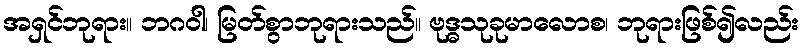
အရှင်ဘုရား။ ဘဂဝါ၊ မြတ်စွာဘုရားသည်။ ဗုဒ္ဓသုခုမာလောစ၊ ဘုရားဖြစ်၍လည်း